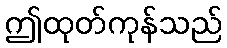
ဤထုတ်ကုန်သည်